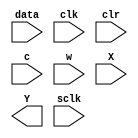
module trapCtrl  (data, clk, clr, c,w, X, Y, sclk);

localparam Nbits = 16;

input [Nbits-1:0] X; 
output [Nbits-1:0] Y;

input [15:0] data;
input clk, clr, c, w;
input sclk;

reg [7:0] cdelayK;
reg [7:0] cdelayL;

reg [15:0] cm1; 
reg [15:0] cm2;



always @(posedge clk)
begin
 if (clr) begin
  cdelayL <= 4;
  cdelayK <= 6;
  cm1 <= 64; // <<<6
  cm2 <= 64; // >>>6
 end
 else
 begin
  if (w)begin
   if (c) begin
    cdelayL <=data[15:8];
    cdelayK <=data[7:0];
   end
   else
   begin
    cm1 <={{8{1'b0}},data[7:0]};
    cm2 <={{8{1'b0}},data[15:8]};
   end
  end
 end
end
endmodule